Scottish Leaving Certificate Examination, 1961
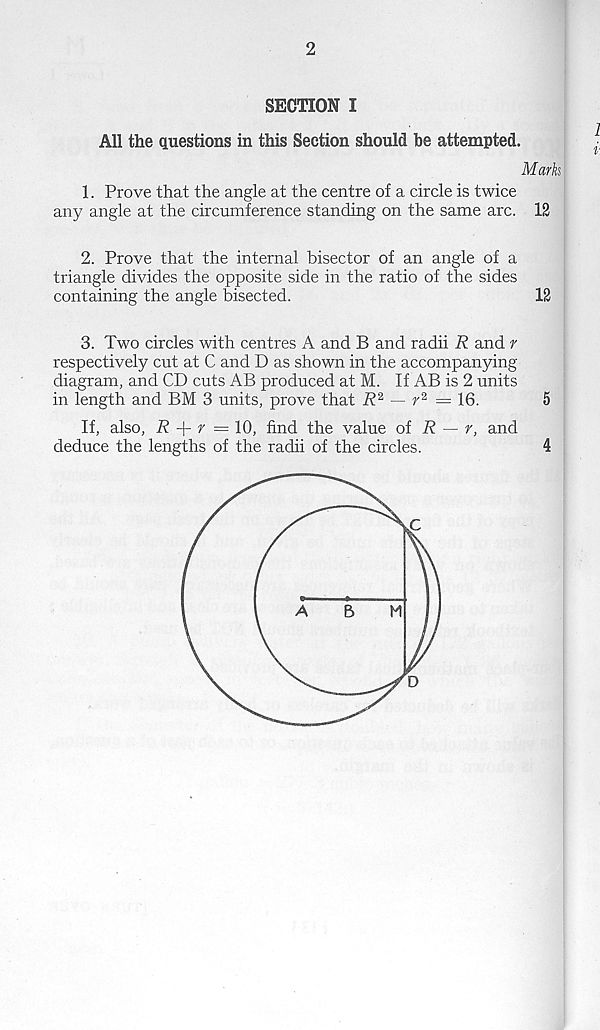
2
SECTION I
All the Questions in this Section should he attempted.
Mark
1. Prove that the angle at the centre of a circle is twice
any angle at the circumference standing on the same arc. 12
2. Prove that the internal bisector of an angle of a
triangle divides the opposite side in the ratio of the sides
containing the angle bisected.
12
3. Two circles with centres A and B and radii R and r
respectively cut at C and D as shown in the accompanying
diagram, and CD cuts AB produced at M. If AB is 2 units
in length and BM 3 units, prove that R 2 ~ r 2 — 16.
5
If, also, I? -f ^ = 10, find the value of R — r, and
deduce the lengths of the radii of the circles.
4